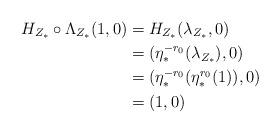
LaTeX: \begin{align*} H_{Z_{*}}\circ \Lambda_{Z_{*}}(1,0) & = H_{Z_{*}}(\lambda_{Z_{*}},0) \\ & = (\eta^{-r_0}_*(\lambda_{Z_{*}}),0) \\ & = (\eta^{-r_0}_*(\eta^{r_0}_{*}(1)), 0) \\ & = (1,0) \end{align*}